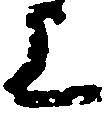
上